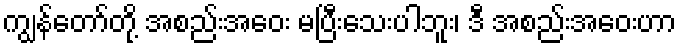
ကျွန်တော်တို့ အစည်းအဝေး မပြီးသေးပါဘူး၊ ဒီ အစည်းအဝေးဟာ